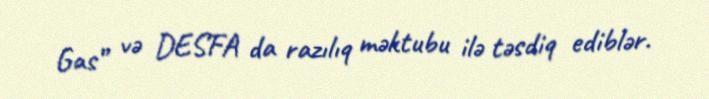
Gas” və DESFA da razılıq məktubu ilə təsdiq ediblər.